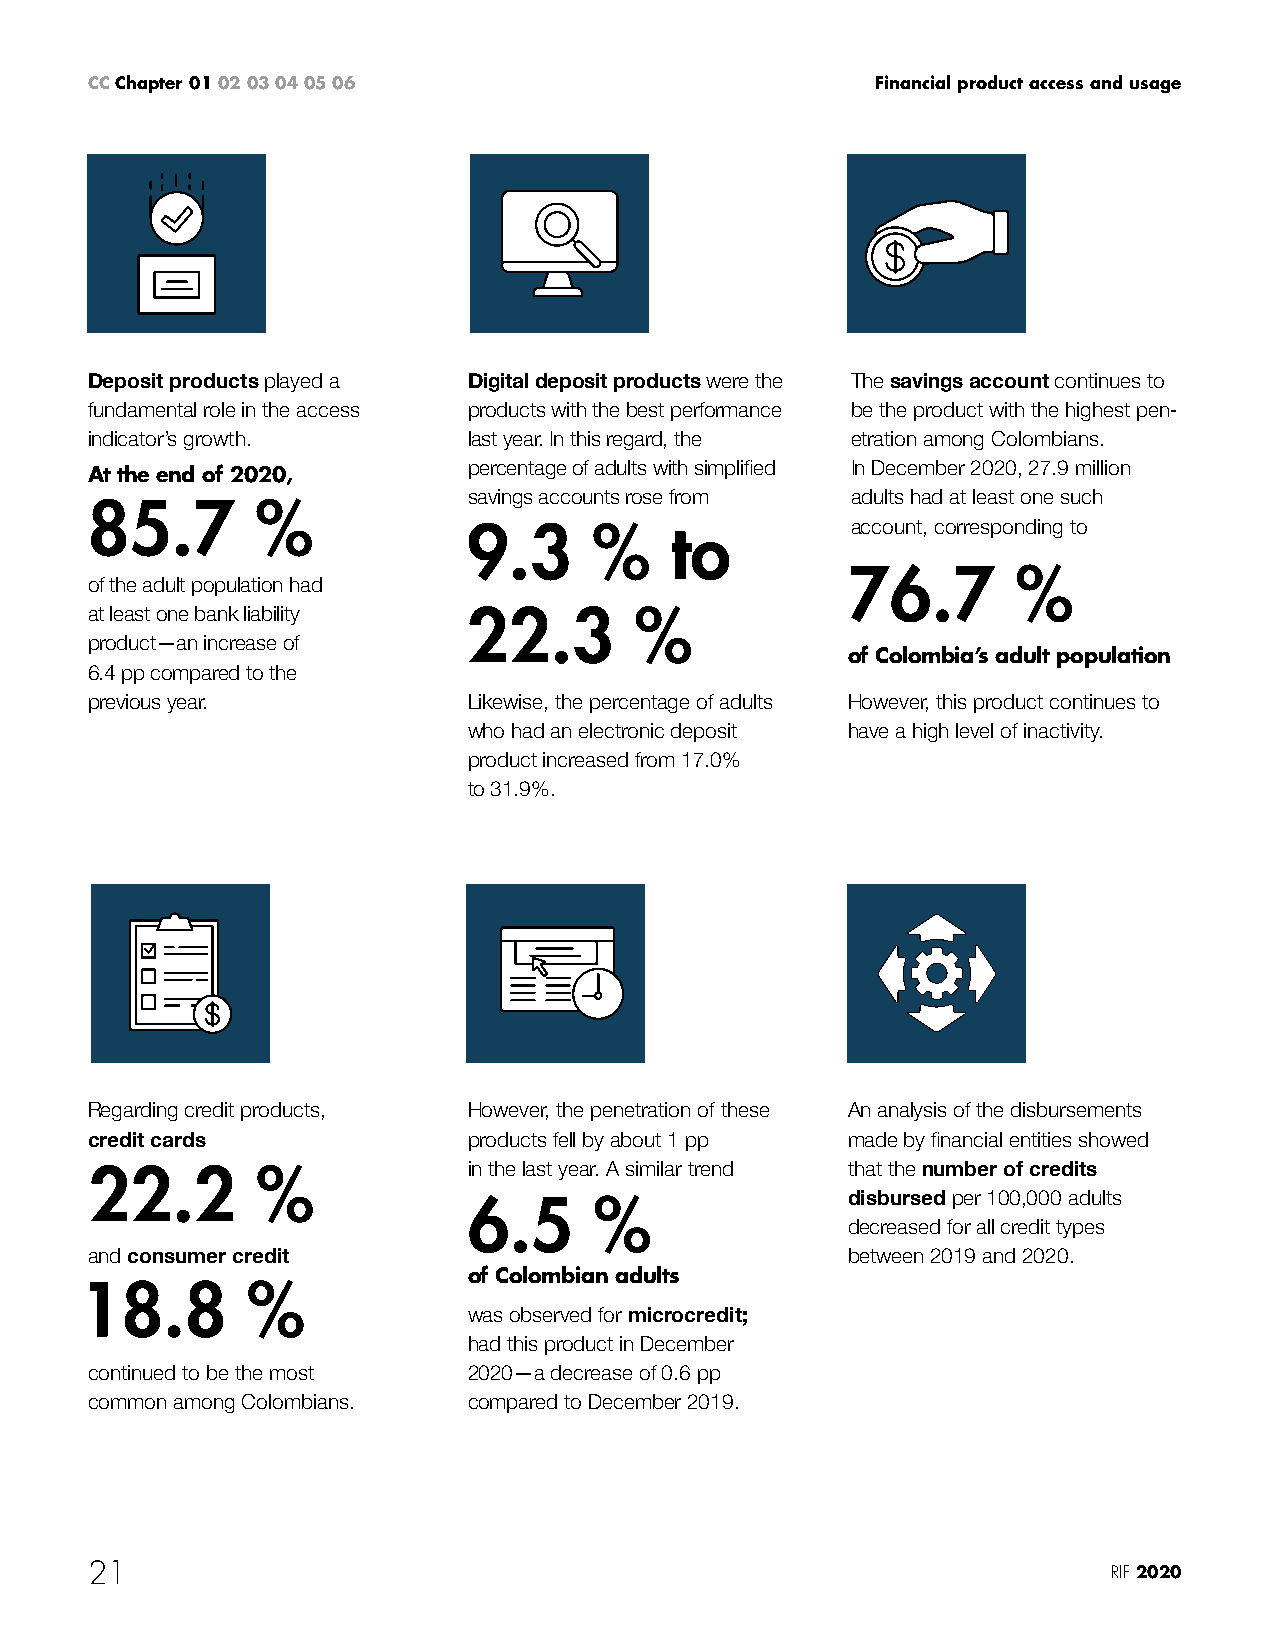
CC Chapter 01 02 03 04 05 06                        Financial product access and usage
 Deposit products played a Digital deposit products were the The savings account continues to
 fundamental role in the access products with the best performance be the product with the highest pen-
 indicator’s growth.      last year. In this regard, the etration among Colombians.
 At the end of 2020,      percentage of adults with simplified In December 2020, 27.9 million
 savings accounts rose from adults had at least one such
 85.7       %
 9.3     %    to          account, corresponding to
 76.7       %
 of the adult population had
 at least one bank liability 22.3    %
 product—an increase of
 of Colombia’s adult population
 6.4 pp compared to the
 previous year.           Likewise, the percentage of adults However, this product continues to
 who had an electronic deposit have a high level of inactivity.
 product increased from 17.0%
 to 31.9%.
 Regarding credit products, However, the penetration of these An analysis of the disbursements
 credit cards             products fell by about 1 pp made by financial entities showed
 22.2       %             in the last year. A similar trend that the number of credits
 6.5     %                disbursed per 100,000 adults
 decreased for all credit types
 and consumer credit                               between 2019 and 2020.
 of Colombian adults
 18.8       %
 was observed for microcredit;
 had this product in December
 continued to be the most 2020—a decrease of 0.6 pp
 common among Colombians. compared to December 2019.
 21                                                                  RIF 2020